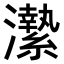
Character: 𤃲